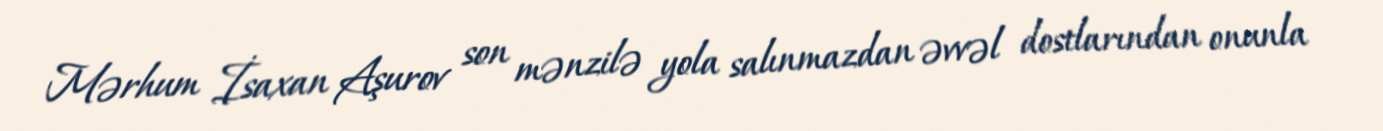
Mərhum İsaxan Aşurov son mənzilə yola salınmazdan əvvəl dostlarından onunla